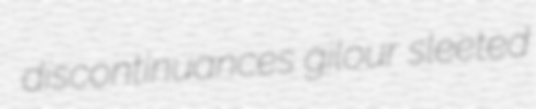
discontinuances gilour sleeted